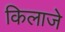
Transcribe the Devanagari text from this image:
किलाजे